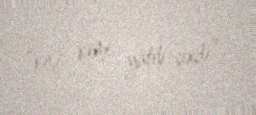
“kişi kimi yatıb-çıxdı”.